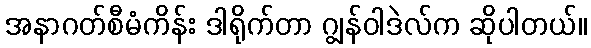
အနာဂတ်စီမံကိန်း ဒါရိုက်တာ ဂျွန်ဝါဒဲလ်က ဆိုပါတယ်။